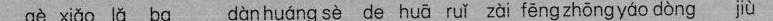
gè xiǎo ǎ bα dàn huáng sè de huā ruǐ zài fēngzhōngyáo dòng jIù